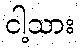
ငါ့သား